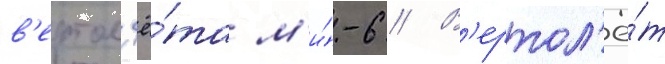
в'ертол'ё́та м'и́-6 // В'ертол'ё́т